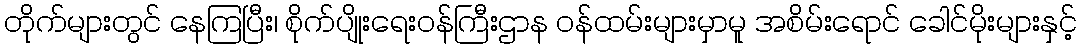
တိုက်များတွင် နေကြပြီး၊ စိုက်ပျိုးရေးဝန်ကြီးဌာန ဝန်ထမ်းများမှာမူ အစိမ်းရောင် ခေါင်မိုးများနှင့်